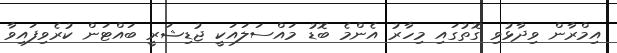
އިމްރާން ވިދާޅުވި ގޮތުގައި މިހާރު އެންމެ ބޮޑު މައްސަލައަކީ ޖުޑިޝަރީ ބައްޓަން ކުރެވިފައިވާ